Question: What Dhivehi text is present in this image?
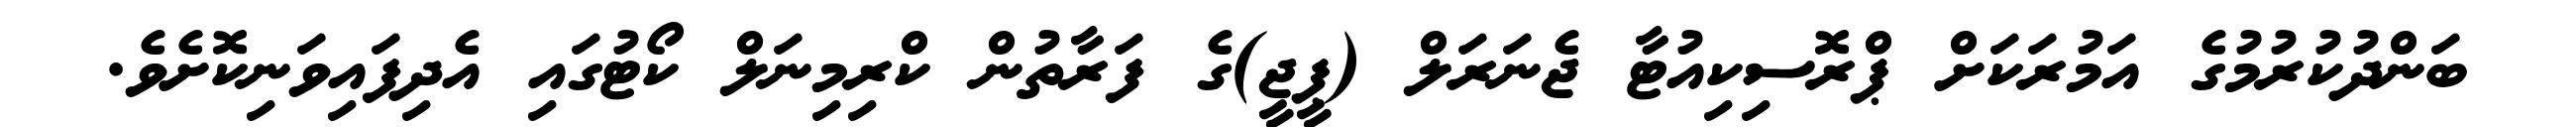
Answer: ބަންދުކުރުމުގެ އަމުރަކަށް ޕްރޮސިކިއުޓާ ޖެނަރަލް (ޕީޖީ)ގެ ފަރާތުން ކްރިމިނަލް ކޯޓުގައި އެދިފައިވަނިކޮށެވެ.